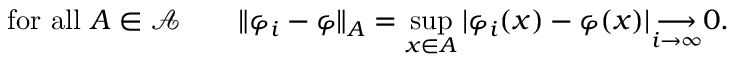
{ \mathrm { ~ f o r ~ a l l ~ } } A \in { \mathcal { A } } \qquad \| \varphi _ { i } - \varphi \| _ { A } = \operatorname* { s u p } _ { x \in A } | \varphi _ { i } ( x ) - \varphi ( x ) | { \underset { i \to \infty } { \longrightarrow } } 0 .